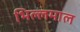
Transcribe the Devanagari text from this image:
भिल्लमाल